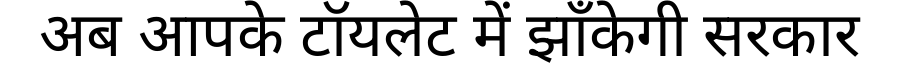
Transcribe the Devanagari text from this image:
अब आपके टॉयलेट में झाँकेगी सरकार